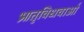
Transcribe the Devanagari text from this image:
भ्रातृविधवाओं